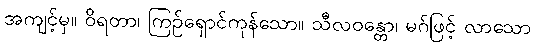
အကျင့်မှ။ ဝိရတာ၊ ကြဉ်ရှောင်ကုန်သော။ သီလဝန္တော၊ မဂ်ဖြင့် လာသော